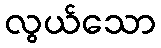
လွယ်သော